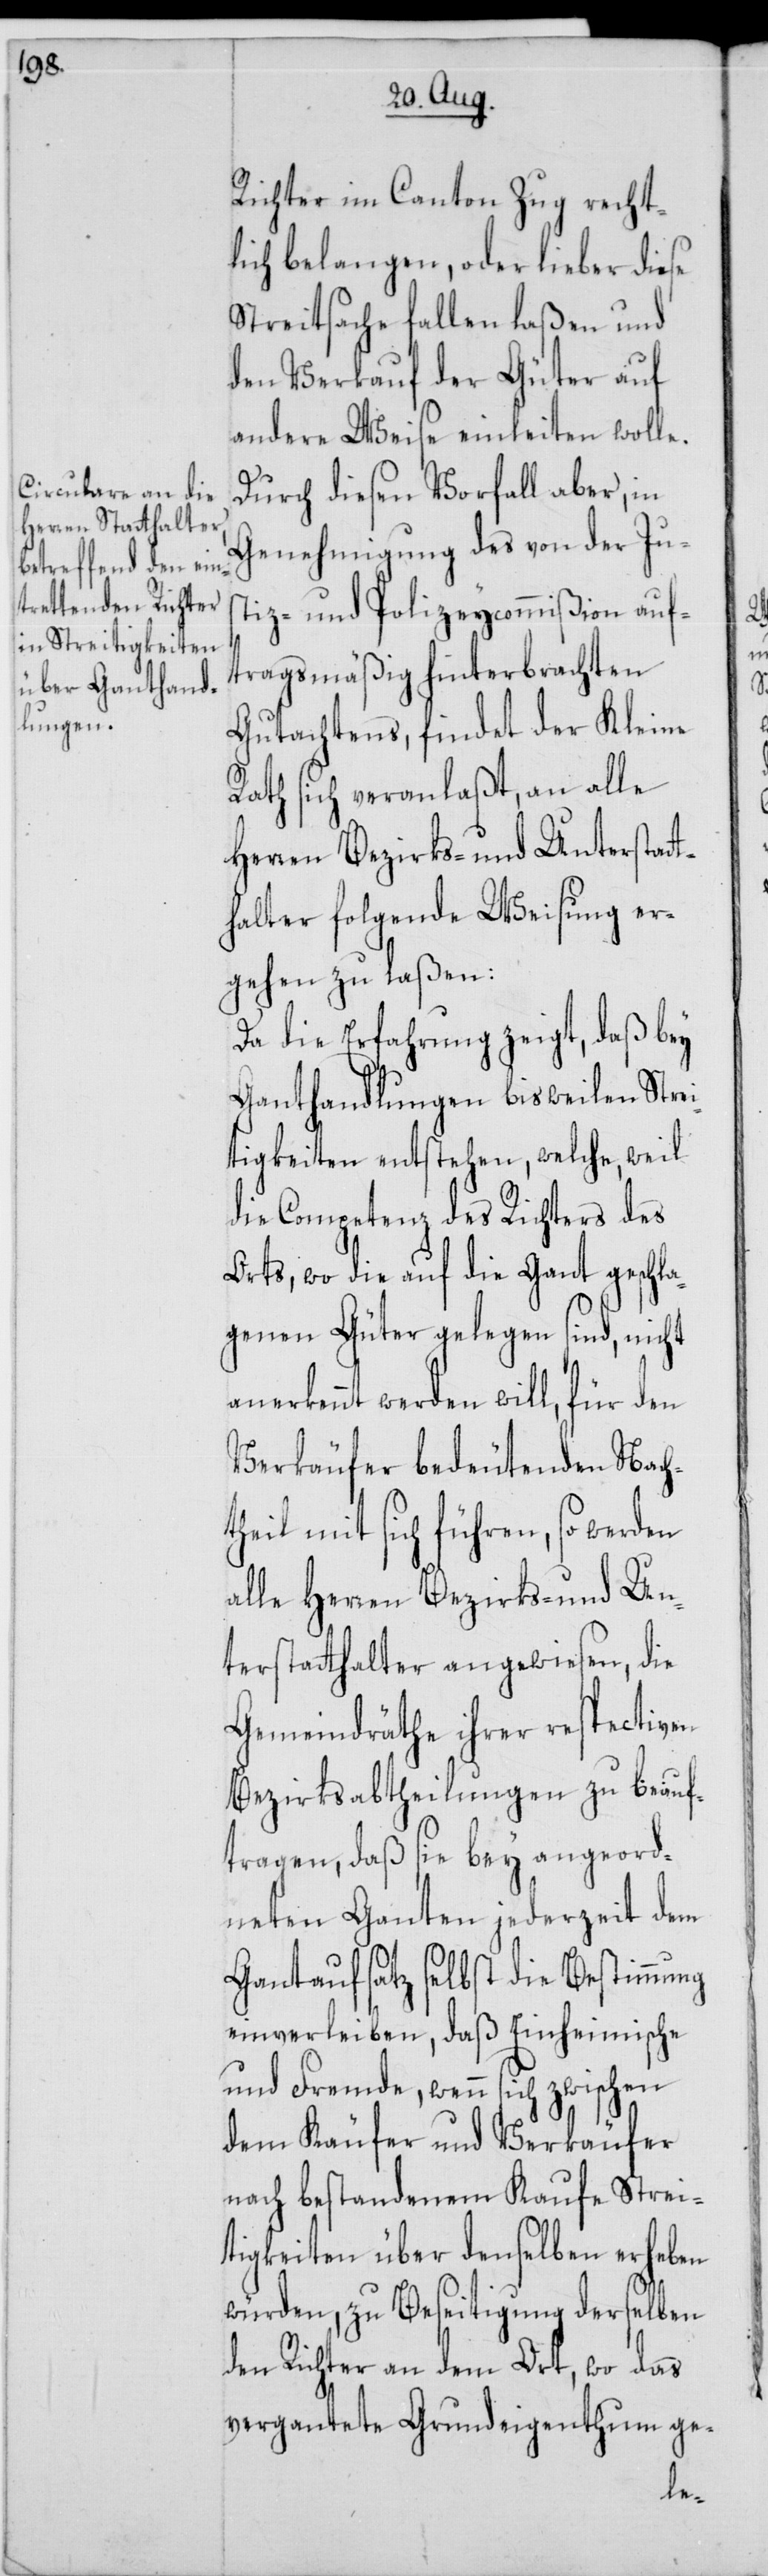
Richter im Canton Zug recht¬
lich belangen, oder lieber diese
Streitsache fallen laßen und
den Verkauf der Güter auf
andere Weise einleiten wolle.
Durch diesen Vorfall aber, in
Genehmigung des von der Jus¬
tiz- und Polizeycommißion auf¬
tragsmäßig hinterbrachten
Gutachtens, findet der Kleine
Rath sich veranlaßt, an alle
Herren Bezirks- und Unterstatt¬
halter folgende Weisung er¬
gehen zu laßen:
Da die Erfahrung zeigt, daß bey
Ganthandlungen bisweilen Strei¬
tigkeiten entstehen, welche, weil
die Competenz des Richters des
Orts, wo die auf die Gant geschl¬
agenen Güter gelegen sind, nicht
rkennt werden will, für den
Verkäufer bedeutenden Nach¬
theil mit sich führen, so werden
alle Herren Bezirks- und Un¬
terstatthalter angewiesen, die
Gemeindräthe ihrer respectiven
Bezirksabtheilungen zu beauf¬
tragen, daß sie bey angeord¬
neten Ganten jederzeit dem
Gantaufsatz selbst die Bestimmung
einverleiben, daß Einheimische
und Fremde, wenn sich zwischen
dem Käufer und Verkäufer
nach bestandenem Kaufe Strei¬
tigkeiten über denselben erheben
würden, zu Beseitigung derselben
den Richter an dem Ort, wo das
vergantete Grundeigenthum ge-
ane¬